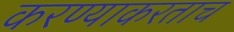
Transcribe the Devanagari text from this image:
करण्याकरताच